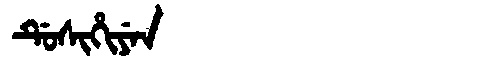
Manchu: ᡩᡠᠰᡳᡥᡳᠶᡝᠨ
Romanization: DUSIHIYEN